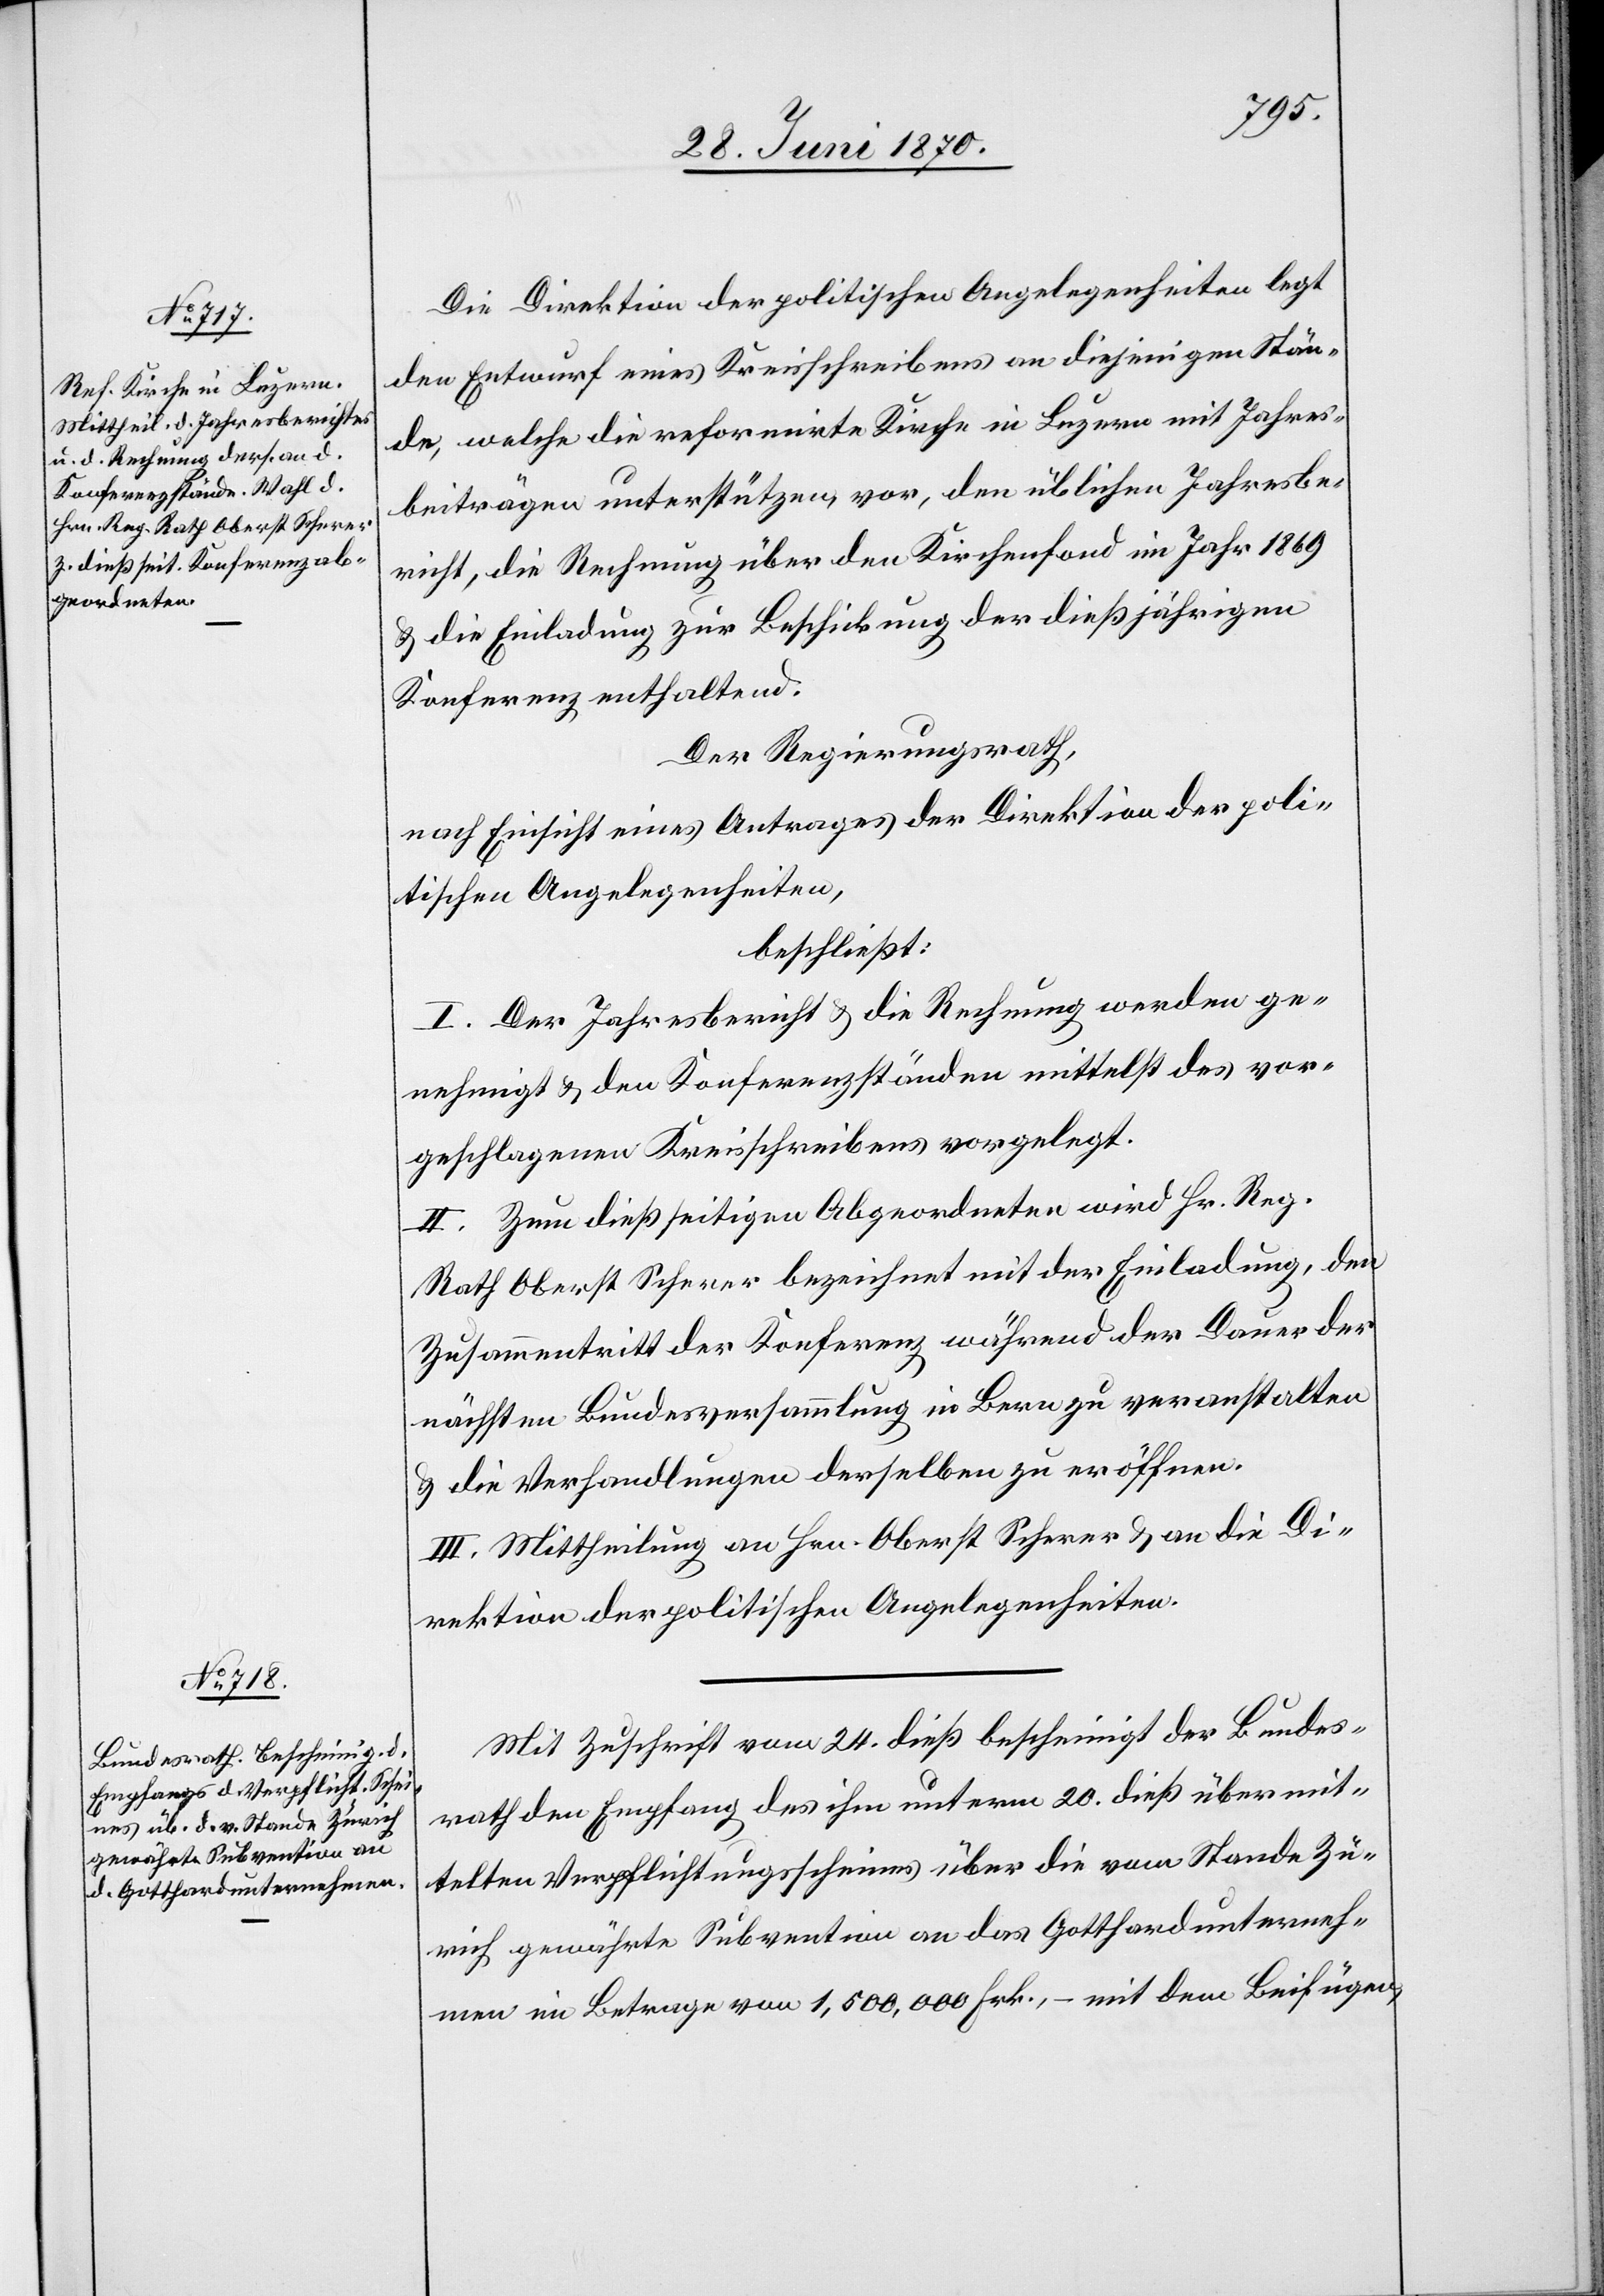
Die Direktion der politischen Angelegenheiten legt
den Entwurf eines Kreisschreibens an diejenigen Stän¬
de, welche die reformirte Kirche in Luzern mit Jahres¬
beiträgen unterstützen vor, den üblichen Jahresbe¬
richt, die Rechnung über den Kirchenfond im Jahr 1869
& die Einladung zur Beschickung der dießjährigen
Konferenz enthaltend.
Der Regierungsrath,
nach Einsicht eines Antrages der Direktion der poli¬
tischen Angelegenheiten,
beschließt:
I. Der Jahresbericht & die Rechnung werden ge¬
nehmigt & den Konferenzständen mittelst des vor¬
geschlagenen Kreisschreibens vorgelegt.
II. Zum dießseitigen Abgeordneten wird Hr. Reg.
Rath Oberst Scherer bezeichnet mit der Einladung, den
Zusammentritt der Konferenz während der Dauer der
nächsten Bundesversammlung in Bern zu veranstalten
& die Verhandlungen derselben zu eröffnen.
III. Mittheilung an Hrn. Oberst Scherer & an die Di¬
rektion der politischen Angelegenheiten.
Mit Zuschrift vom 24. dieß bescheinigt der Bundes¬
rath den Empfang des ihm unterm 20. dieß übermit¬
telten Verpflichtungsscheines über die vom Stande Zü¬
rich gewährte Subvention an das Gotthardunterneh¬
men im Betrage von 1,500,000 Frk., – mit dem Beifügen,